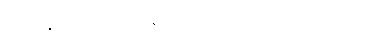
ဦးခိုင်ဇော်ထွန်းက တီဟီရန်မြို့ရှိ ပန်းကန်ဆေးနေသော မြေဖြစ်သည်